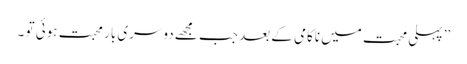
’’ پہلی محبت میں ناکامی کے بعد جب مجھے دوسری بار محبت ہوئی تو ۔